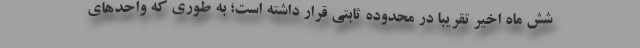
شش ماه اخیر تقریبا در محدوده ثابتی قرار داشته است؛ به طوری که واحدهای